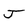
Character: J